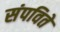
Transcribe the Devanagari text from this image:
संपविते